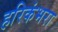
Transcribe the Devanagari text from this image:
हरिकंभरा